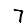
Digit: 7